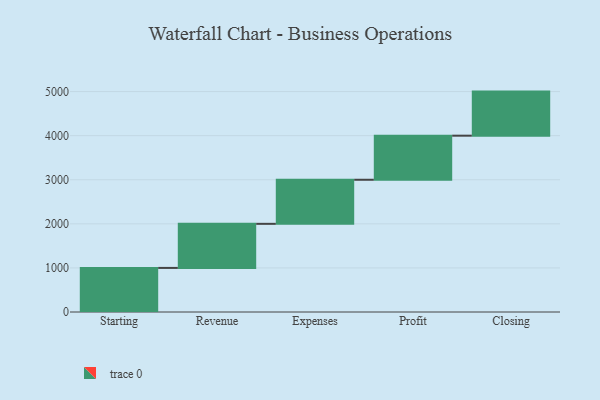
{"axis": {"x": "Step", "y": "Value"}, "legend": [""], "data": [{"x": "Starting", "y": 1000, "type": ""}, {"x": "Revenue", "y": 1000, "type": ""}, {"x": "Expenses", "y": 1000, "type": ""}, {"x": "Profit", "y": 1000, "type": ""}, {"x": "Closing", "y": 1000, "type": ""}]}